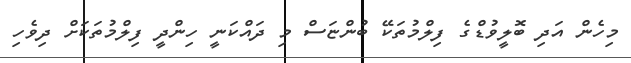
މިހެން އަދި ބޮލީވުޑްގެ ފިލްމުތަކޭ ބުންޏަސް މި ދައްކަނީ ހިންދީ ފިލްމުތަކަށް ދިވެހި